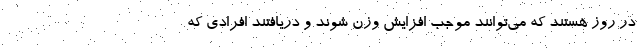
در روز هستند که می‌توانند موجب افزایش وزن شوند و دریافتند افرادی که